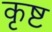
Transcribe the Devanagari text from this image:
कृष्ट